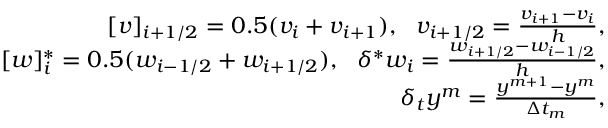
\begin{array} { r } { [ v ] _ { i + 1 / 2 } = 0 . 5 ( v _ { i } + v _ { i + 1 } ) , \ \ v _ { i + 1 / 2 } = \frac { v _ { i + 1 } - v _ { i } } { h } , } \\ { [ w ] _ { i } ^ { * } = 0 . 5 ( w _ { i - 1 / 2 } + w _ { i + 1 / 2 } ) , \ \ \delta ^ { * } w _ { i } = \frac { w _ { i + 1 / 2 } - w _ { i - 1 / 2 } } { h } , } \\ { \delta _ { t } y ^ { m } = \frac { y ^ { m + 1 } - y ^ { m } } { \Delta t _ { m } } , } \end{array}